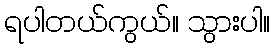
ရပါတယ်ကွယ်။ သွားပါ။